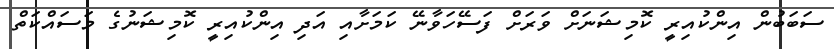
ސަބަބުން އިންކުއިރީ ކޮމިޝަނަށް ވަރަށް ފަސޭހަވާނޭ ކަމަށާއި އަދި އިންކުއިރީ ކޮމިޝަނުގެ މަސައްކަތް